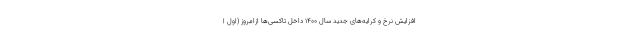
افزایش نرخ و کرایه‌های جدید سال ۱۴۰۰ داخل تاکسی‌ها ازامروز (اول ا